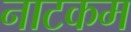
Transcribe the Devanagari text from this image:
नाटकम